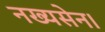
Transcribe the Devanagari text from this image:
नख्यसेन।